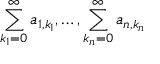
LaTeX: \sum _ { k _ { 1 } = 0 } ^ { \infty } a _ { 1 , k _ { 1 } } , \ldots , \sum _ { k _ { n } = 0 } ^ { \infty } a _ { n , k _ { n } }